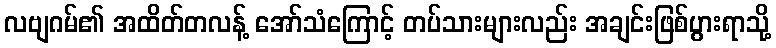
လဗျဂမ်၏ အထိတ်တလန့် အော်သံကြောင့် တပ်သားများလည်း အချင်းဖြစ်ပွားရာသို့